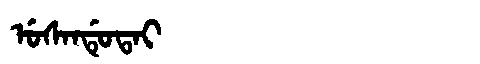
Manchu: ᡠᠰᠠᠨᡩᡠᡨᠠᡳ
Romanization: USANDUTAI